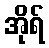
အိုရ်